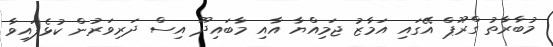
މުބާރާތު ގްރޫޕް އޭގައި އަމާޒު ޖަމިއްޔާ އާއި މާބައިދޫ އިސް ދަރިވަރުން ކުޅެފައިވާ